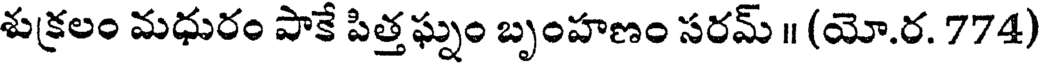
శుక్రలం మధురం పాకే పిత్తఘ్నం బృంహణం సరమ్ ॥ (యో.ర. 774)